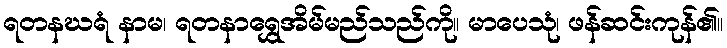
ရတနဃရံ နာမ၊ ရတနာရွှေအိမ်မည်သည်ကို။ မာပေသုံ၊ ဖန်ဆင်းကုန်၏။